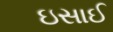
ઇસાઈ